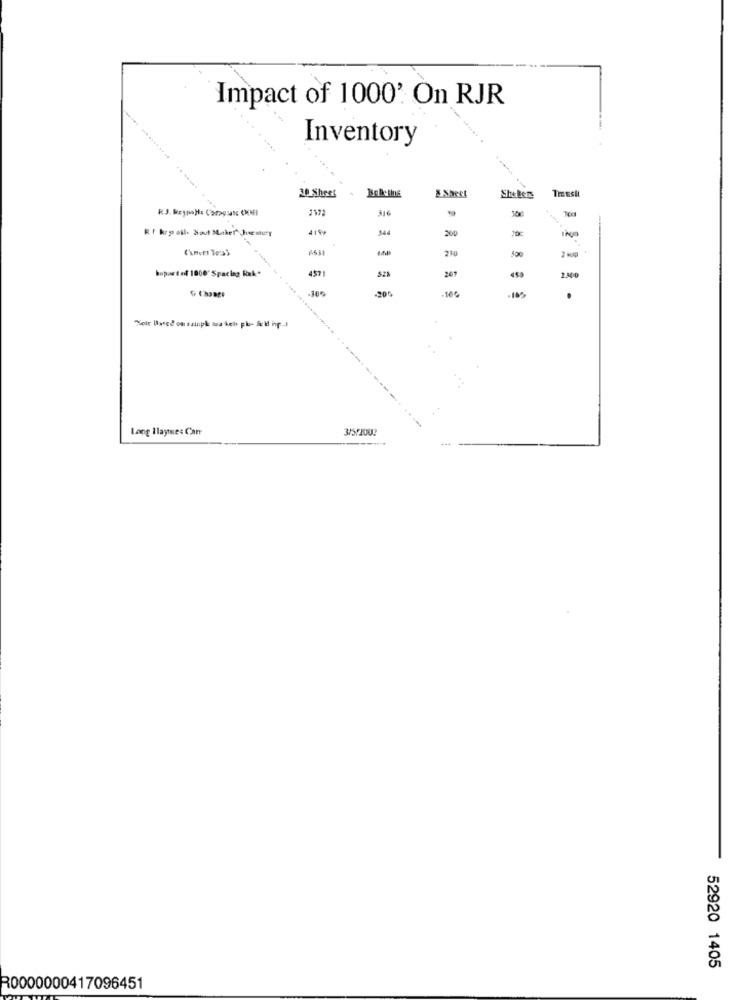
Impact of 1000'. On RJR
Inventory
& Sheet
Tmusil
20 Sheet
Shebers
RJ. ReypaHe Caraguat COFI
316
Rf krail. Soud Mailer Jesey
344
200
210
2 1
hupartof 1000' Spacing Rak*
457
201
450
2.300
G Change
-10€
Long Ilayme: Che
3/3/2002
52920 1405
R0000000417096451